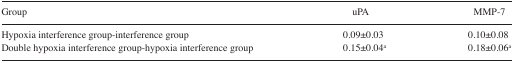
| Group | uPA | MMP-7 |
 | --- | --- | --- |
 | Hypoxia interference group-interference group | 0.09±0.03 | 0.10±0.08 |
 | Double hypoxia interference group-hypoxia interference group | 0.15±0.04a | 0.18±0.06a |